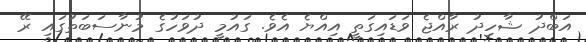
އަބްދު ޝާހިދު ރާއްޖެ ވަޑައިގަތީ އިއްޔެ އެވެ. ގައުމީ ދުވަހުގެ މުނާސަބަތުގައި ރޭ